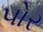
પોર